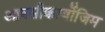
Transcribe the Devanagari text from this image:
आक्‍सीकार्बोजिम